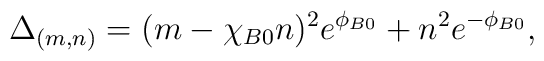
\Delta_{(m, n)} = (m - \chi_{B0} n)^2 e^{\phi_{B0}} +  n^2 e^{-\phi_{B0}},